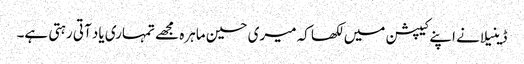
ڈینیلا نے اپنے کیپشن میں لکھا کہ میری حسین ماہرہ مجھے تمہاری یاد آتی رہتی ہے۔